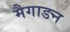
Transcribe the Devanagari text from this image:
मैगाडन